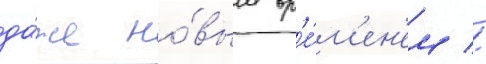
да́же но́вым вр'е́м'ен'ем //